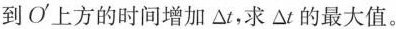
到O^{\prime}上方的时间增加△t，求△t的最大值。